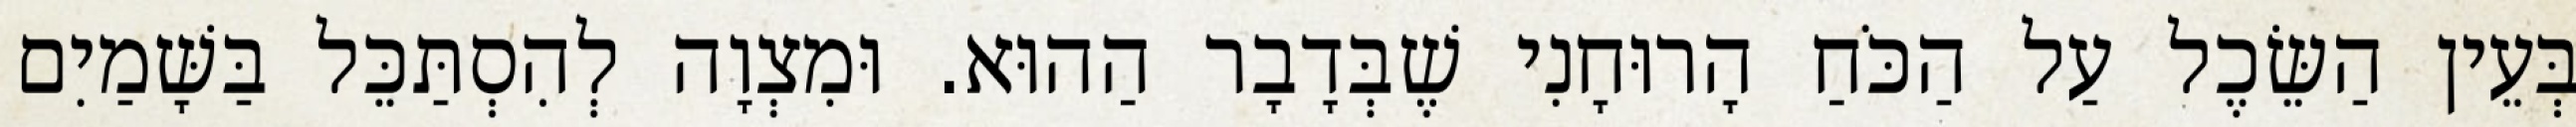
בְּעֵין הַשֵּׂכֶל עַל הַכֹּחַ הָרוּחָנִי שֶׁבְּדָבָר הַהוּא. וּמִצְוָה לְהִסְתַּכֵּל בַּשָּׁמַיִם